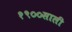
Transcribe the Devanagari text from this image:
१९००साली